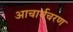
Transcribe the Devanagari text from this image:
आचार्यचरण